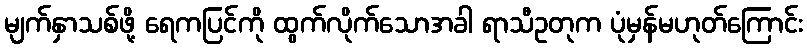
မျက်နှာသစ်ဖို့ ရေကပြင်ကို ထွက်လိုက်သောအခါ ရာသီဥတုက ပုံမှန်မဟုတ်ကြောင်း